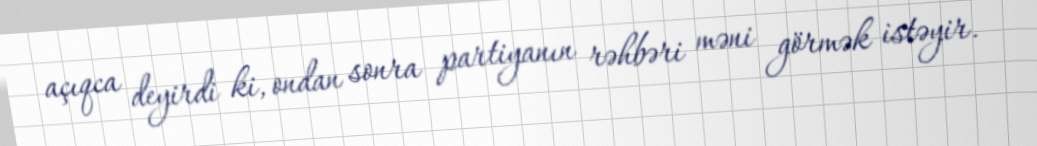
açıqca deyirdi ki, ondan sonra partiyanın rəhbəri məni görmək istəyir.